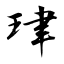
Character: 珒